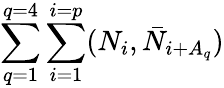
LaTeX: \sum_{q=1}^{q=4}\sum_{i=1}^{i=p}(N_{i},\bar{N}_{i+A_{q}})